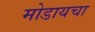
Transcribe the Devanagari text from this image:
मोडायचा